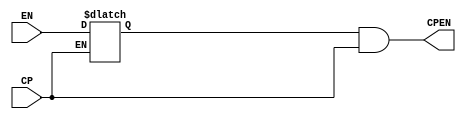
/*
 * Module      : tb_w_icons_top
 * Project Name: W_ICONS
 * Company     : Blackrock Neurotech
 */
`timescale 1ns/1ps
module common_clkgate (
    CP,
    EN,
    CPEN
);

   input  CP;
   input  EN;

   output CPEN;

   reg    CKL;

   wire   INT_E;

  assign INT_E = EN;
  

    always @(CP or INT_E) begin
        if ( CP == 1'b0 ) begin
            CKL = INT_E;
        end
    end

   assign CPEN = CKL & CP;

endmodule